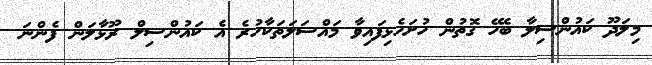
މިލަދޫ ކައުންސިލާ ބެހޭ ގޮތުން ހުށަހެޅިފައިވާ މައްސަލަތަކާހުރެ އެ ކައުންސިލް ރޫޅާލަން ފެންނަ